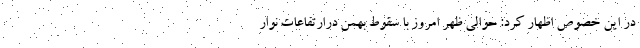
در این خصوص اظهار کرد: حوالی ظهر امروز با سقوط بهمن درارتفاعات نوار